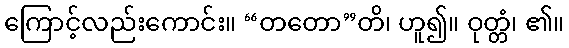
ကြောင့်လည်းကောင်း။ “တတော”တိ၊ ဟူ၍။ ဝုတ္တံ၊ ၏။